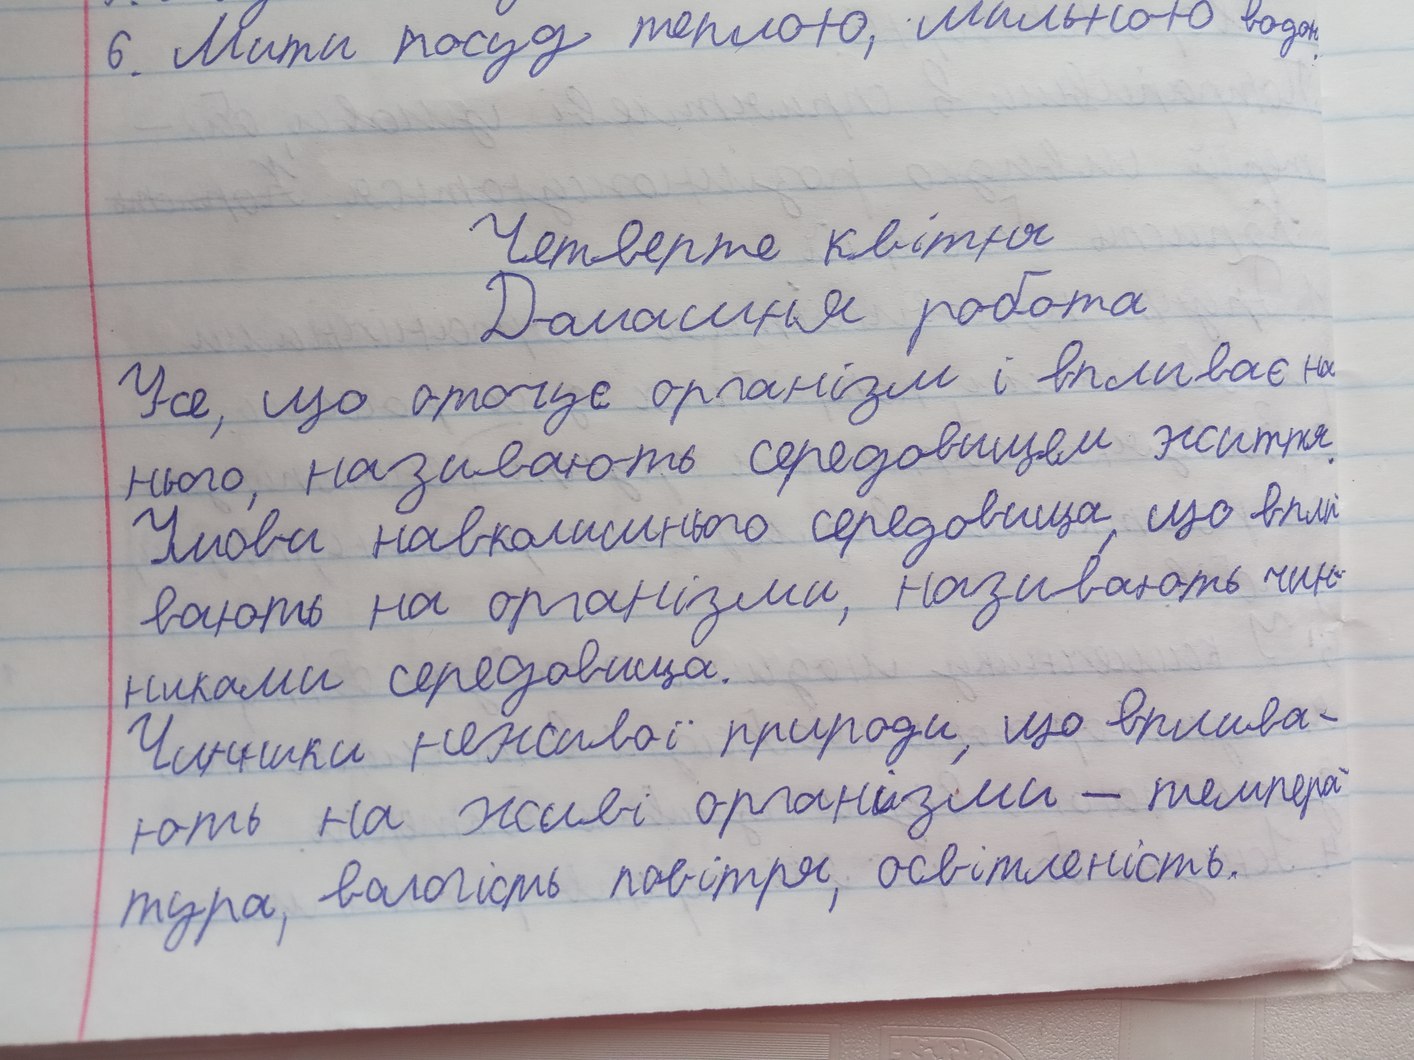
Четверте квітня
Домашня робота
Усе, що оточує організм і впливає на
нього, називають середовищем життя.
Умови навколишнього середовища, що впли
вають на організми, називають чин-
никами середовища.
Чинники неживої природи, що вплива-
ють на живі організми - темпера-
тура, вологість повітря, освітленість.